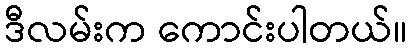
ဒီလမ်းက ကောင်းပါတယ်။